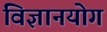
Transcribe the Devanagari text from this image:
विज्ञानयोग